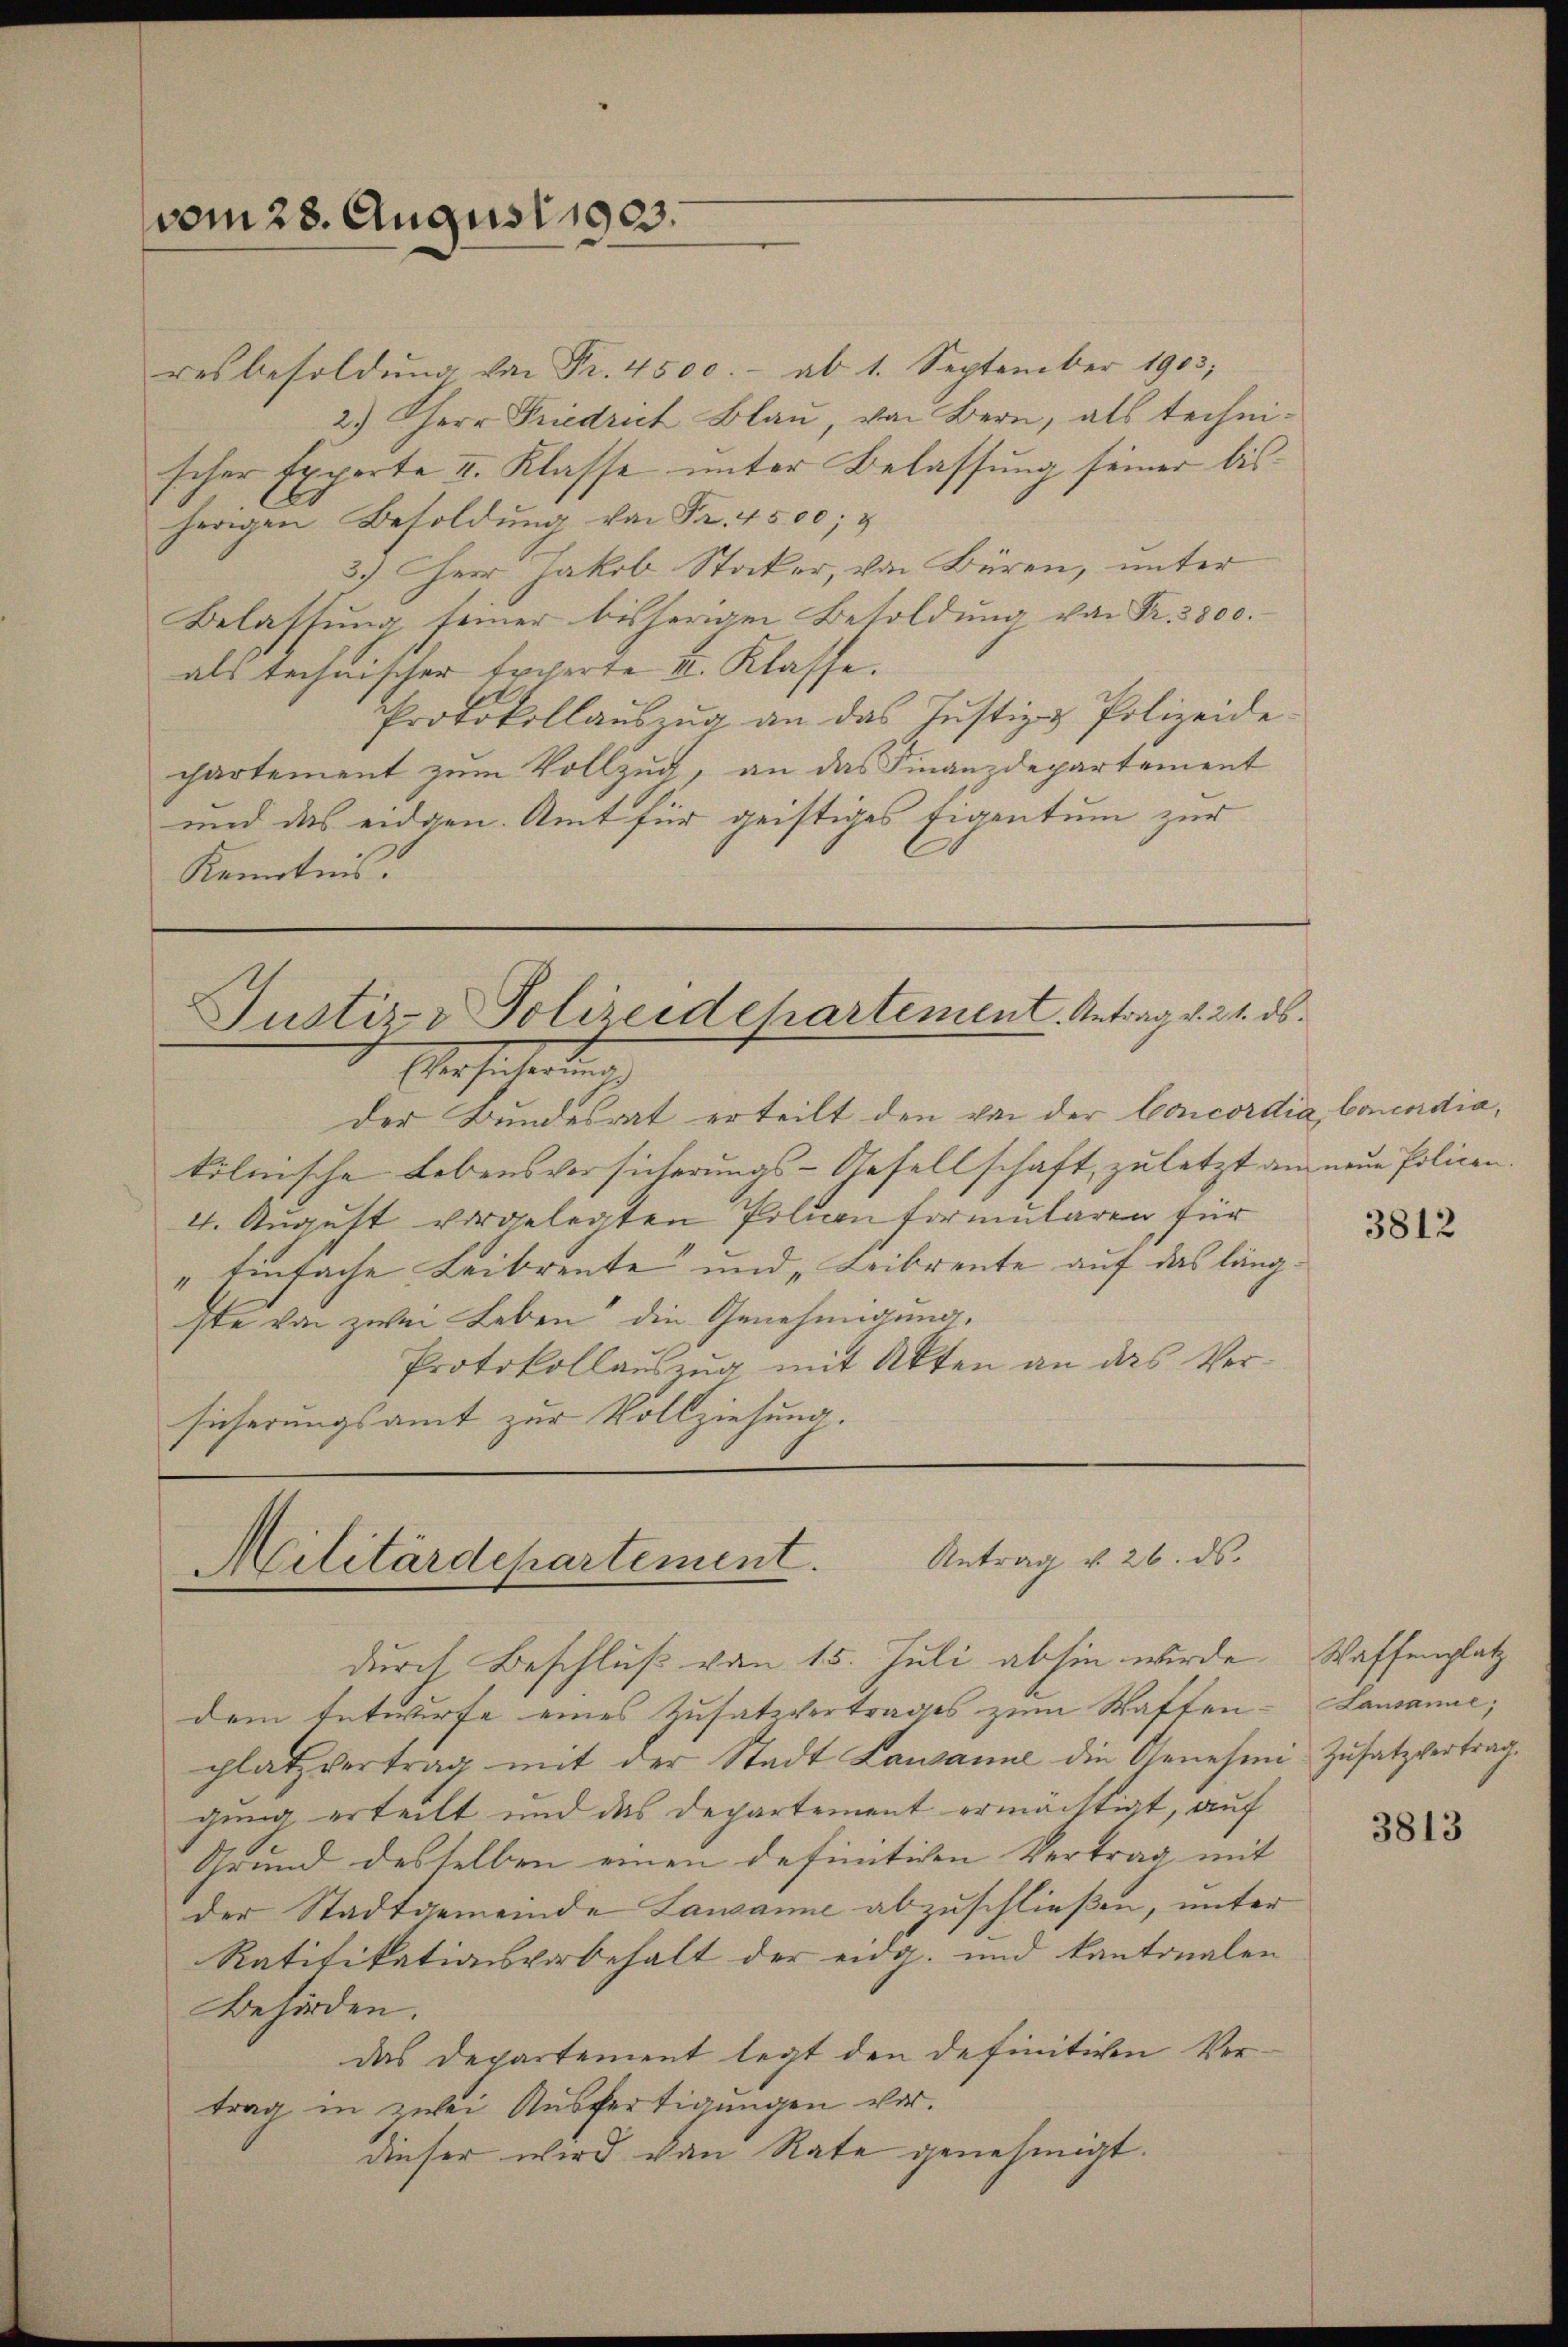
vom 28. August 1903.

resbesoldŭng von Fr. 4500.- ab 1. September 1903,
2.) Herr Friedrich Blau, von Bern, als technischer Experte I. Klasse unter Belassung seiner bisherigen Besoldŭng von Fr. 4500; u
3.) Herr Jakob Stocker, von Büren, unter
Belassŭng seiner bisherigen Besoldŭng von Fr. 3800.
als technischer Ercherte II. Klasse.
Protokollaŭszŭg an das Justiz & Polizeide
chartement zum Vollzug, an das Finanzdepartement
und das eidgen. Amt für geistiges Eigentum zur
Kenntnis.

Justiz & Polizeidehartement. Antrag v. 21. ds.
Eberhaltendung

der Bundesrat erteilt den von der Concordia Concediakölnische Lebensversicherungs-Gesellschaft, zuletzt am neue Policen.
4. August vorgelegten Piluen Formularen für
" Einfache Leibrente und „Leibrente auf das längste von zwei Leben die Genehmigung.
Protokollauszug, mit Akten an das Versicherungsamt zur Vollziehung.

Antrag v. 26. ds.
Militärdepartement.
durch Beschluß von 15. Juli abhin werde. Waffenplatz

dem Entwurfe eines Zusatzvertrages zum Saften - Lausanne;
platzvertrag mit der Stadt Lausanne die Genehmi-Zusatzvertraggung erteilt und das Departement ermächtigt, auf
Grund desselben einen definitiven Vertrag mit
der Stadtgemeinde Lausanne abzuschließen, unter
Ratifikationsvorbehalt der eidg. und kantonalen
Behörden.
das Departement legt den definitiven Vertrag in zwei Ausfertigungen vor.
dieser wird von Rate genehmigt.

3812

3813